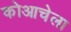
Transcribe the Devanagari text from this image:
कोआचेला